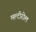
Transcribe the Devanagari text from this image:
मल्टीरोल